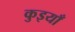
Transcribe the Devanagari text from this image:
कुइयाँ